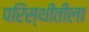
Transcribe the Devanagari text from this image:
परिस्थीतीला